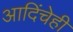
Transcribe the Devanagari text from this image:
आदिंचेही